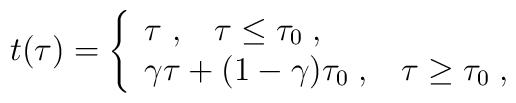
t(\tau)=\left\{\begin{array}{l} \tau \; , \;\;\; \tau\leq \tau_0 \; , \\\gamma\tau +(1-\gamma)\tau_0 \; , \;\;\; \tau\geq \tau_0 \; ,\end{array}\right.